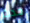
حدث